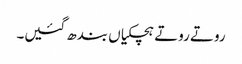
روتے روتے ہچکیاں بندھ گئیں۔